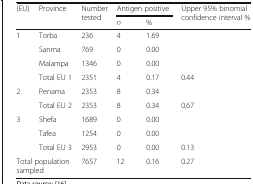
<table><thead><tr><td rowspan="2"><b>(EU)</b></td><td rowspan="2"><b>Province</b></td><td rowspan="2"><b>Number tested</b></td><td colspan="2"><b>Antigen positive</b></td><td rowspan="2"><b>Upper 95% binomial confidence interval %</b></td></tr><tr><td><b><i>n</i></b></td><td><b>%</b></td></tr></thead><tbody><tr><td rowspan="4">1</td><td>Torba</td><td>236</td><td>4</td><td>1.69</td><td></td></tr><tr><td>Sanma</td><td>769</td><td>0</td><td>0.00</td><td></td></tr><tr><td>Malampa</td><td>1346</td><td>0</td><td>0.00</td><td></td></tr><tr><td>Total EU 1</td><td>2351</td><td>4</td><td>0.17</td><td>0.44</td></tr><tr><td rowspan="2">2</td><td>Penama</td><td>2353</td><td>8</td><td>0.34</td><td></td></tr><tr><td>Total EU 2</td><td>2353</td><td>8</td><td>0.34</td><td>0.67</td></tr><tr><td rowspan="3">3</td><td>Shefa</td><td>1689</td><td>0</td><td>0.00</td><td></td></tr><tr><td>Tafea</td><td>1254</td><td>0</td><td>0.00</td><td></td></tr><tr><td>Total EU 3</td><td>2953</td><td>0</td><td>0.00</td><td>0.13</td></tr><tr><td colspan="2">Total population sampled</td><td>7657</td><td>12</td><td>0.16</td><td>0.27</td></tr></tbody></table>